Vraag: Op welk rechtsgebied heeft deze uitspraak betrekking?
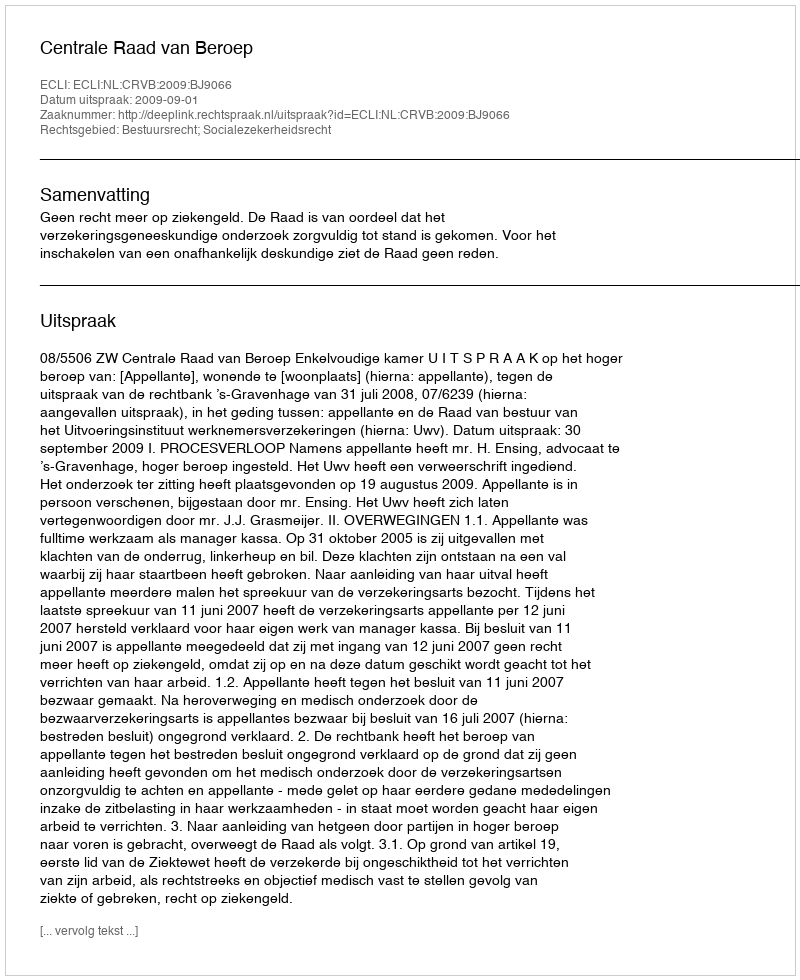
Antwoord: Bestuursrecht; Socialezekerheidsrecht